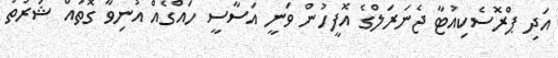
އަދި ޕްރޮސެކިއުޓާ ޖެނަރަލްގެ އޮފީހުން ވަނީ އަސާސީ ހައްގެއް އުނިވާ ގޮތައް ޝަރުތު